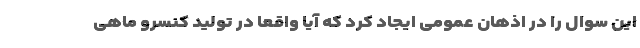
این سوال را در اذهان عمومی ایجاد کرد که آیا واقعا در تولید کنسرو ماهی